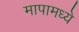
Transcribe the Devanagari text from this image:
मापामध्ये